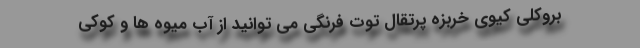
بروکلی کیوی خربزه پرتقال توت فرنگی می توانید از آب میوه ها و کوکی